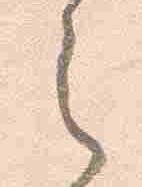
之